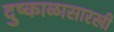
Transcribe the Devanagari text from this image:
दुष्काळासारखी